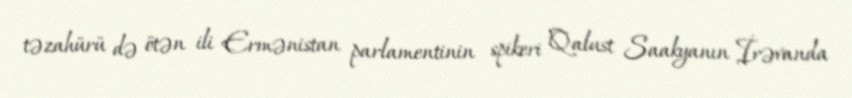
təzahürü də ötən ili Ermənistan parlamentinin spikeri Qalust Saakyanın İrəvanda